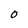
Character: 0